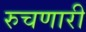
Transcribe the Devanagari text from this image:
रुचणारी